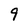
Character: 9